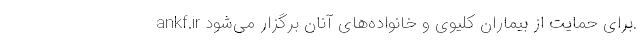
ankf.ir برای حمایت از بیماران کلیوی و خانواده‌های آنان برگزار می‌شود.